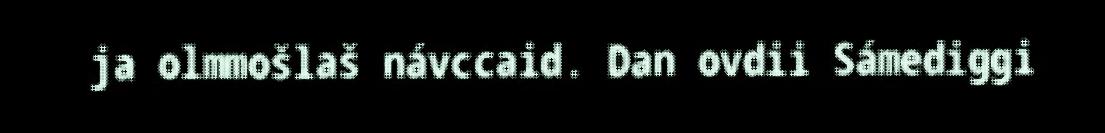
ja olmmošlaš návccaid. Dan ovdii Sámediggi